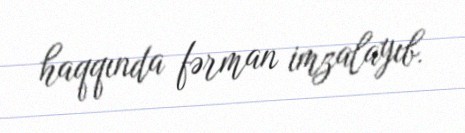
haqqında fərman imzalayıb.